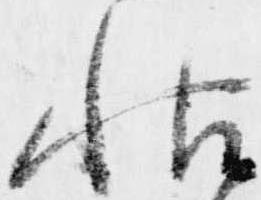
帖